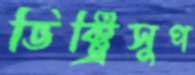
ভিক্ট্রিসুপ